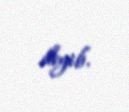
deyib.